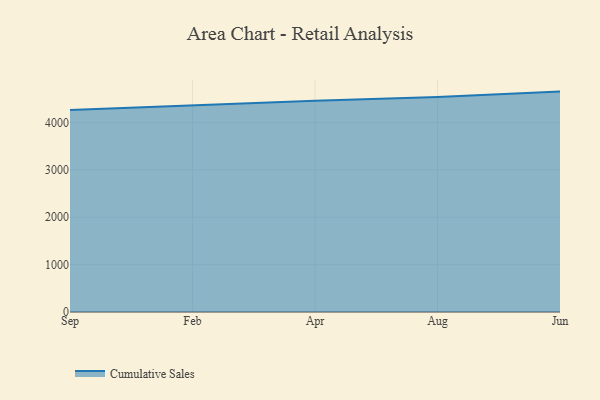
{"axis": {"x": "Month", "y": "Population (Million)"}, "legend": ["Cumulative Sales"], "data": [{"x": "Sep", "y": 4265.1, "type": "Cumulative Sales"}, {"x": "Feb", "y": 4367.5, "type": "Cumulative Sales"}, {"x": "Apr", "y": 4459.8, "type": "Cumulative Sales"}, {"x": "Aug", "y": 4537.1, "type": "Cumulative Sales"}, {"x": "Jun", "y": 4651.2, "type": "Cumulative Sales"}]}